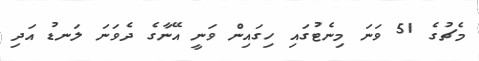
މެޗުގެ 51 ވަނަ މިނެޓުގައި ހިގައިން ވަނީ އޭނާގެ ދެވަނަ ލަނޑު އަދި